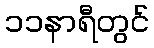
၁၁နာရီတွင်